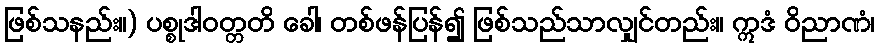
ဖြစ်သနည်း။) ပစ္စုဒါဝတ္တတိ ခေါ၊ တစ်ဖန်ပြန်၍ ဖြစ်သည်သာလျှင်တည်း။ ဣဒံ ဝိညာဏံ၊